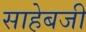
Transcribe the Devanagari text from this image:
साहेबजी